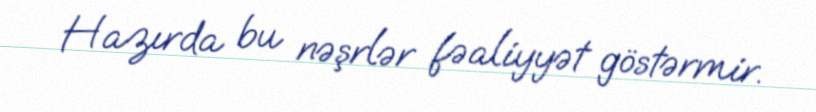
Hazırda bu nəşrlər fəaliyyət göstərmir.